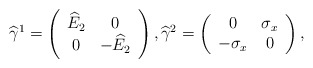
\begin{align*}{\widehat \gamma}^1 = \left (\begin{array}{cc}{\widehat E}_2 & 0 \\ 0 & - {\widehat E}_2\end{array} \right),{\widehat \gamma}^2 = \left (\begin{array}{cc} 0 & \sigma_x \\ -\sigma_x & 0\end{array} \right),\end{align*}